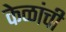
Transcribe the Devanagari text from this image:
केळांची